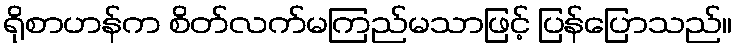
ရိုစာဟန်က စိတ်လက်မကြည်မသာဖြင့် ပြန်ပြောသည်။